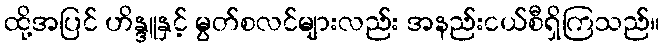
ထို့အပြင် ဟိန္ဒူနှင့် မွတ်စလင်များလည်း အနည်းငယ်စီရှိကြသည်။